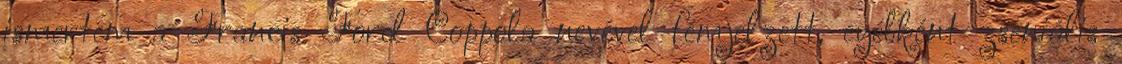
ismertem a Francis Ford Coppola nevével fémjelzett, eyébként zseniális